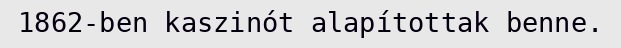
1862-ben kaszinót alapítottak benne.